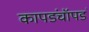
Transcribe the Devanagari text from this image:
कापडंचॉपडं